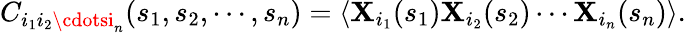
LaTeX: C_{i_{1}i_{2}\cdotsi_{n}}(s_{1},s_{2},\cdots,s_{n})=\langle\mathbf{X}_{i_{1}}(s_{1})\mathbf{X}_{i_{2}}(s_{2})\cdots\mathbf{X}_{i_{n}}(s_{n})\rangle.